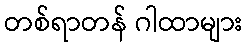
တစ်ရာတန် ဂါထာများ